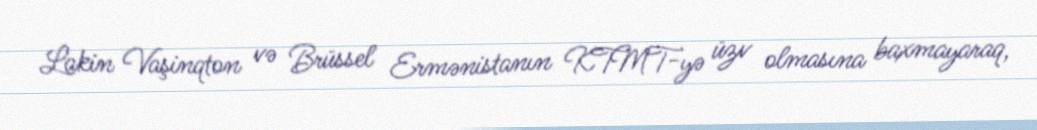
Lakin Vaşinqton və Brüssel Ermənistanın KTMT-yə üzv olmasına baxmayaraq,